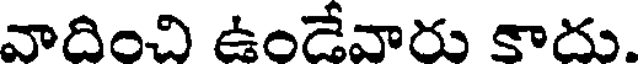
వాదించి ఉండేవారు కాదు.